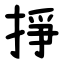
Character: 掙